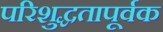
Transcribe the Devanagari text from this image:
परिशुद्धतापूर्वक